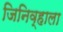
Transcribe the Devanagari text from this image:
जिनिव्हाला